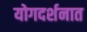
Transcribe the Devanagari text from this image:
योगदर्शनात